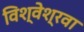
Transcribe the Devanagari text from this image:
विश्वेश्रवा